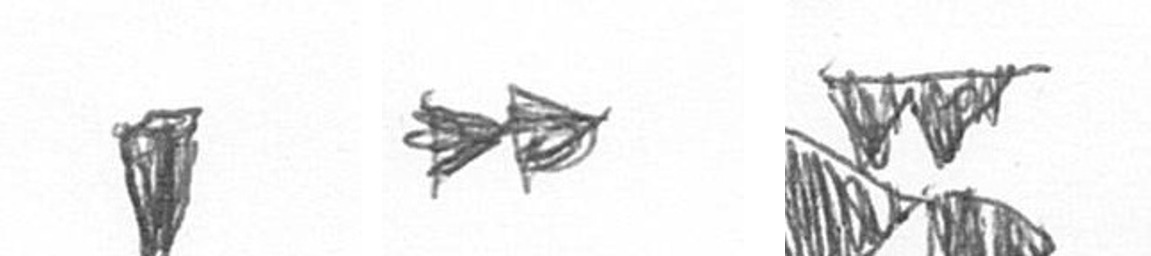
J A B